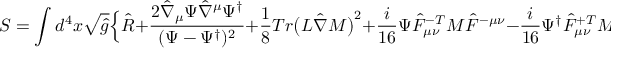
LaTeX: S = \int d ^ { 4 } x \sqrt { \hat { g } } \Bigl \{ \hat { R } + \frac { 2 \hat { \nabla } _ { \mu } \Psi \hat { \nabla } ^ { \mu } \Psi ^ { \dagger } } { ( \Psi - \Psi ^ { \dagger } ) ^ { 2 } } + \frac { 1 } { 8 } T r \bigl ( { \cal L } \hat { \nabla } { \cal M } \bigr ) ^ { 2 } + \frac { i } { 1 6 } \Psi \hat { \cal F } _ { \mu \nu } ^ { - T } { \cal M } \hat { \cal F } ^ { - \mu \nu } - \frac { i } { 1 6 } \Psi ^ { \dagger } \hat { \cal F } _ { \mu \nu } ^ { + T } { \cal M } \hat { \cal F } ^ { + \mu \nu } \Bigr \}